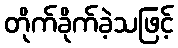
တိုက်ခိုက်ခဲ့သဖြင့်